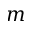
m